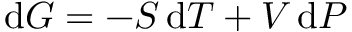
\mathrm { d } G = - S \, \mathrm { d } T + V \, \mathrm { d } P